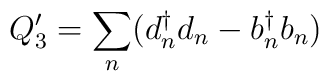
Q'_3 = {\sum_n} (d_n ^\dagger d_n - b _n ^\dagger b_n )